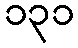
၁၃၁